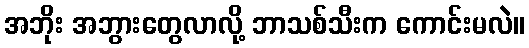
အဘိုး အဘွားတွေလာလို့ ဘာသစ်သီးက ကောင်းမလဲ။